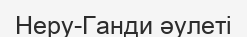
Неру-Ганди әулеті